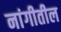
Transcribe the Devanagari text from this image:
नांगीतील